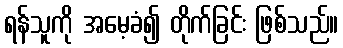
ရန်သူကို အမေ့ခံ၍ တိုက်ခြင်း ဖြစ်သည်။